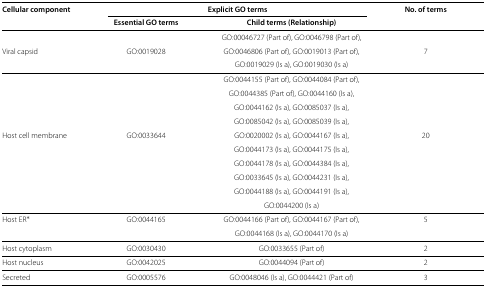
<table><thead><tr><td><b>Cellular component</b></td><td colspan="2"><b>Explicit GO terms</b></td><td><b>No. of terms</b></td></tr><tr><td><b> </b></td><td><b>Essential GO terms</b></td><td><b>Child terms (Relationship)</b></td><td><b> </b></td></tr></thead><tbody><tr><td> </td><td> </td><td>GO:00046727 (Part of), GO:0046798 (Part of),</td><td> </td></tr><tr><td>Viral capsid</td><td>GO:0019028</td><td>GO:0046806 (Part of), GO:0019013 (Part of),</td><td>7</td></tr><tr><td> </td><td> </td><td>GO:0019029 (Is a), GO:0019030 (Is a)</td><td> </td></tr><tr><td> </td><td> </td><td>GO:0044155 (Part of), GO:0044084 (Part of),</td><td> </td></tr><tr><td> </td><td> </td><td>GO:0044385 (Part of), GO:0044160 (Is a),</td><td> </td></tr><tr><td> </td><td> </td><td>GO:0044162 (Is a), GO:0085037 (Is a),</td><td> </td></tr><tr><td> </td><td> </td><td>GO:0085042 (Is a), GO:0085039 (Is a),</td><td> </td></tr><tr><td>Host cell membrane</td><td>GO:0033644</td><td>GO:0020002 (Is a), GO:0044167 (Is a),</td><td>20</td></tr><tr><td> </td><td> </td><td>GO:0044173 (Is a), GO:0044175 (Is a),</td><td> </td></tr><tr><td> </td><td> </td><td>GO:0044178 (Is a), GO:0044384 (Is a),</td><td> </td></tr><tr><td> </td><td> </td><td>GO:0033645 (Is a), GO:0044231 (Is a),</td><td> </td></tr><tr><td> </td><td> </td><td>GO:0044188 (Is a), GO:0044191 (Is a),</td><td> </td></tr><tr><td> </td><td> </td><td>GO:0044200 (Is a)</td><td> </td></tr><tr><td>Host ER<sup>∗</sup></td><td>GO:0044165</td><td>GO:0044166 (Part of), GO:0044167 (Part of),</td><td>5</td></tr><tr><td> </td><td> </td><td>GO:0044168 (Is a), GO:0044170 (Is a)</td><td> </td></tr><tr><td>Host cytoplasm</td><td>GO:0030430</td><td>GO:0033655 (Part of)</td><td>2</td></tr><tr><td>Host nucleus</td><td>GO:0042025</td><td>GO:0044094 (Part of)</td><td>2</td></tr><tr><td>Secreted</td><td>GO:0005576</td><td>GO:0048046 (Is a), GO:0044421 (Part of)</td><td>3</td></tr></tbody></table>